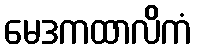
မေဒကထာလိကံ